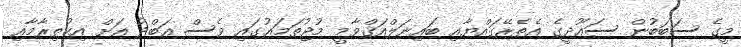
މީގެ ސަބަބުން ސަޢޫދީގެ އެތެރޭގައްޔާއި ބައިނަލްއަޤްވާމީ މުޖުތަމަޢުގައި ވެސް ޢަބްދު އަށް އިޙުތިރާމާއި